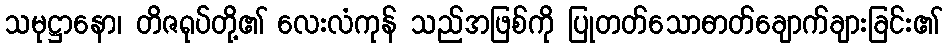
သမုဋ္ဌာနော၊ တိဇရုပ်တို့၏ လေးလံကုန် သည်အဖြစ်ကို ပြုတတ်သောဓာတ်ချောက်ချားခြင်း၏